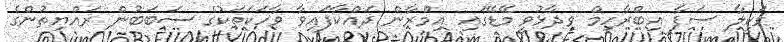
ވަކީލާ ސަފާ އިބްރާހިމް ވިދާޅުވީ މޭޑޭގައި އިމްރާން ދައްކާފައިވާ ވާހަކަތަކުގެ ސަބަބުން ރައްޔިތުންގެ